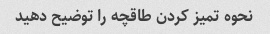
نحوه تمیز کردن طاقچه را توضیح دهید